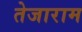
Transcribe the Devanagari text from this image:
तेजाराम